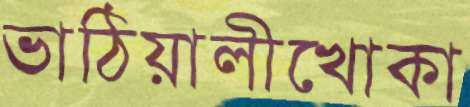
ভাঠিয়ালীখোকা